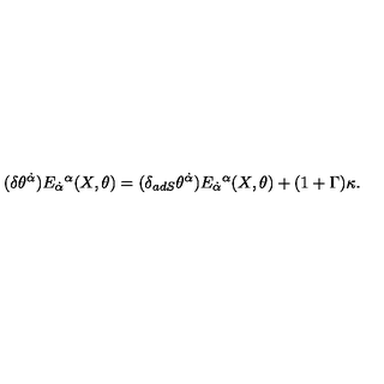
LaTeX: ( \delta \theta ^ { \dot { \alpha } } ) E _ { \dot { \alpha } } { } ^ { \alpha } ( X , \theta ) = ( \delta _ { a d S } \theta ^ { \dot { \alpha } } ) E _ { \dot { \alpha } } { } ^ { \alpha } ( X , \theta ) + ( 1 + \Gamma ) \kappa .